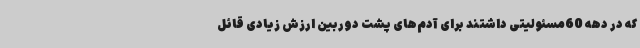
که در دهه 60مسئولیتی داشتند برای آدم‌های پشت دوربین ارزش زیادی قائل